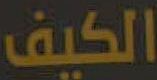
الكيف